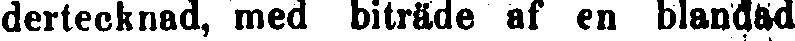
dertecknad, med biträde af en blandad